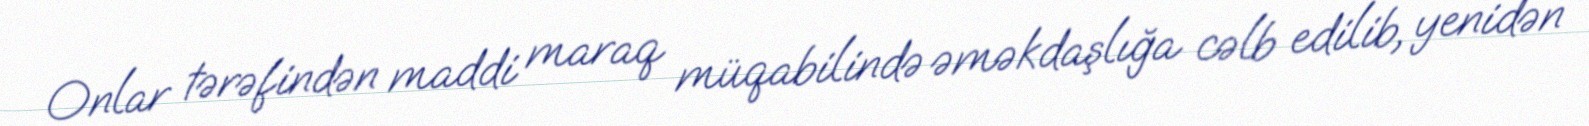
Onlar tərəfindən maddi maraq müqabilində əməkdaşlığa cəlb edilib, yenidən